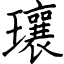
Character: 瓖